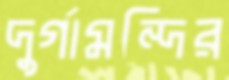
দুর্গামন্দির